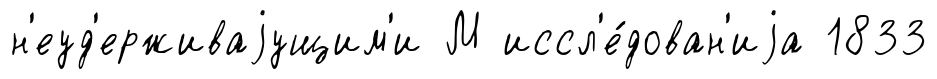
н'еуд'ерживаjущим'и М иссл'е́дован'иjа 1833